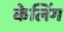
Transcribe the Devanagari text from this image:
केलिंग